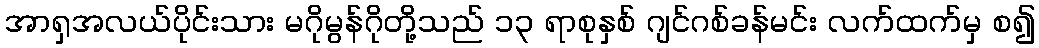
အာရှအလယ်ပိုင်းသား မဂိုမွန်ဂိုတို့သည် ၁၃ ရာစုနှစ် ဂျင်ဂစ်ခန်မင်း လက်ထက်မှ စ၍